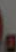
.